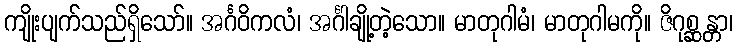
ကျိုးပျက်သည်ရှိသော်။ အင်္ဂဝိကလံ၊ အင်္ဂါချို့တဲ့သော။ မာတုဂါမံ၊ မာတုဂါမကို။ ဇိဂုစ္ဆန္တာ၊